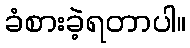
ခံစားခဲ့ရတာပါ။